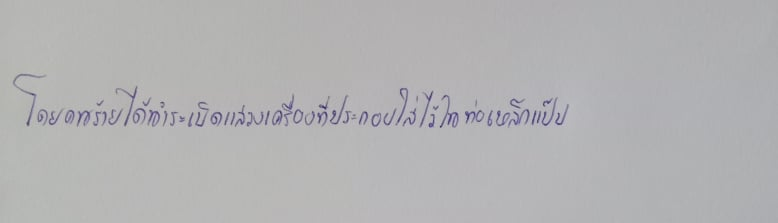
โดยคนร้ายได้นำระเบิดแสวงเครื่องที่ประกอบใส่ไว้ในท่อเหล็กแป๊ป